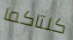
كلتاكما